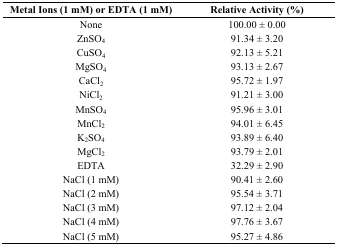
<table><thead><tr><td><b>Metal Ions (1 mM) or EDTA (1 mM)</b></td><td><b>Relative Activity (%)</b></td></tr></thead><tbody><tr><td>None</td><td>100.00 ± 0.00</td></tr><tr><td>ZnSO<sub>4</sub></td><td>91.34 ± 3.20</td></tr><tr><td>CuSO<sub>4</sub></td><td>92.13 ± 5.21</td></tr><tr><td>MgSO<sub>4</sub></td><td>93.13 ± 2.67</td></tr><tr><td>CaCl<sub>2</sub></td><td>95.72 ± 1.97</td></tr><tr><td>NiCl<sub>2</sub></td><td>91.21 ± 3.00</td></tr><tr><td>MnSO<sub>4</sub></td><td>95.96 ± 3.01</td></tr><tr><td>MnCl<sub>2</sub></td><td>94.01 ± 6.45</td></tr><tr><td>K<sub>2</sub>SO<sub>4</sub></td><td>93.89 ± 6.40</td></tr><tr><td>MgCl<sub>2</sub></td><td>93.79 ± 2.01</td></tr><tr><td>EDTA</td><td>32.29 ± 2.90</td></tr><tr><td>NaCl (1 mM)</td><td>90.41 ± 2.60</td></tr><tr><td>NaCl (2 mM)</td><td>95.54 ± 3.71</td></tr><tr><td>NaCl (3 mM)</td><td>97.12 ± 2.04</td></tr><tr><td>NaCl (4 mM)</td><td>97.76 ± 3.67</td></tr><tr><td>NaCl (5 mM)</td><td>95.27 ± 4.86</td></tr></tbody></table>